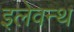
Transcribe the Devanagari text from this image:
इलेवन्थ